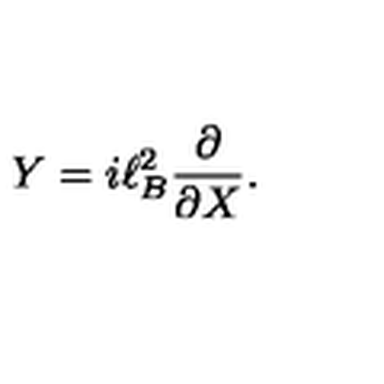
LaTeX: Y = i \ell _ { B } ^ { 2 } \frac { \partial } { \partial X } .